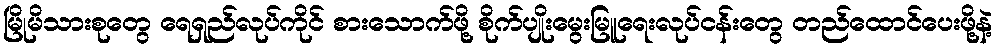
မြိုမိသားစုတွေ ရေရှည်လုပ်ကိုင် စားသောက်ဖို့ စိုက်ပျိုးမွေးမြူရေးလုပ်ငန်းတွေ တည်ထောင်ပေးဖို့နဲ့